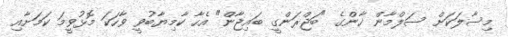
މިސާލަކަށް ސަލްމާން ޚާންގެ "ބަޖްރަންގީ ބައިޖާން" އެހާ ކާމިޔާބުވީ ވާހަަކަ މޮޅުވީމަ ކަމަށާއި